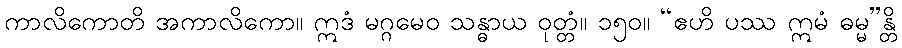
ကာလိကောတိ အကာလိကော။ ဣဒံ မဂ္ဂမေဝ သန္ဓာယ ဝုတ္တံ။ ၁၅၀။ “ဧဟိ ပဿ ဣမံ ဓမ္မ”န္တိ